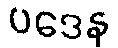
ပဒေန